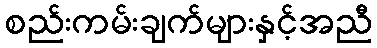
စည်းကမ်းချက်များနှင့်အညီ